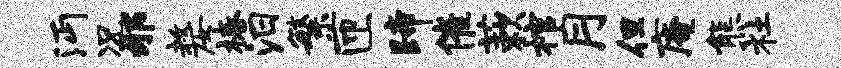
沔况邪嫠椿汨繁匝蹄催蔌棺月但庵熊社